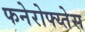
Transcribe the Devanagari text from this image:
फनेरोफ्य्तेस